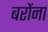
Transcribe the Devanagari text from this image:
बरोंना